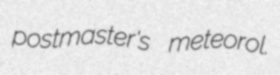
postmaster's meteorol.